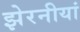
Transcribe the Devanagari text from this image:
झेरनीयां